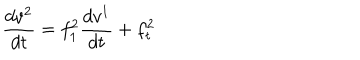
\frac { d v ^ { 2 } } { d t } = f _ { 1 } ^ { 2 } \frac { d v ^ { 1 } } { d t } + f _ { t } ^ { 2 }